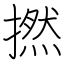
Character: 撚